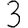
Digit: 3